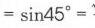
\(=\sin45^{\circ} =\)